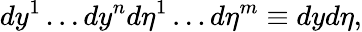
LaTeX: dy^{1}\dots dy^{n}d\eta^{1}\dots d\eta^{m}\equiv dyd\eta,